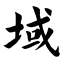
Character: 域